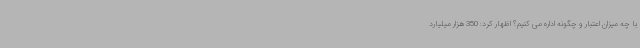
با چه میزان اعتبار و چگونه اداره می کنیم؟ اظهار کرد: 350 هزار میلیارد